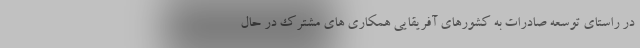
در راستاي توسعه صادرات به كشورهاي آفريقايی همكاري هاي مشترك در حال